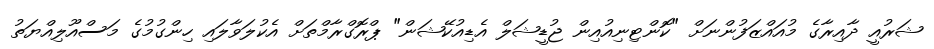
ޝަރުއީ ދާއިރާގެ މުއައްޒަފުންނަށް "ކޮންޓިނިއުއިން ޖުޑީޝަލް އެޑިއުކޭޝަން" ޕްރޮގްރާމްތަށް އެކުލަވާލައި ހިންގުމުގެ މަސްއޫލިއްޔަތު